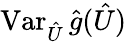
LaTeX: \operatorname{Var}_{\hat{U}}\hat{g}(\hat{U})